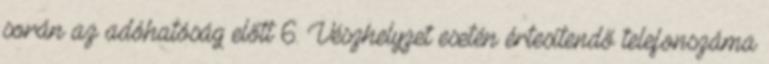
során az adóhatóság előtt 6. Vészhelyzet esetén értesítendő telefonszáma